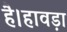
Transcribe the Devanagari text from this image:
है।हावड़ा